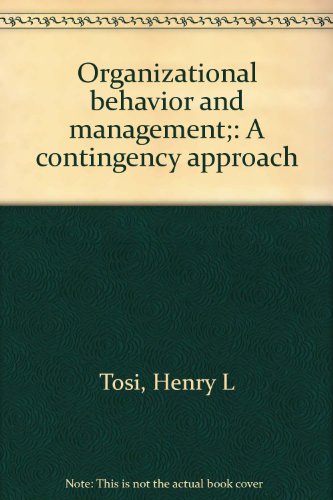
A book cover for Organizational behavior and management;: A contingency approach; Henry L Tosi; Crafts, Hobbies & Home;